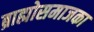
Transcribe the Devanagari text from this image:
ब्राह्मोसमाजका